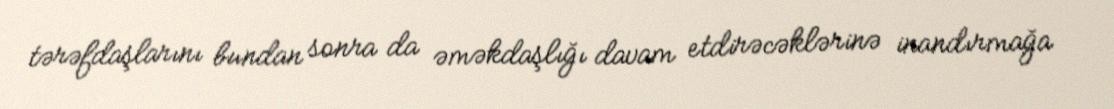
tərəfdaşlarını bundan sonra da əməkdaşlığı davam etdirəcəklərinə inandırmağa